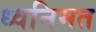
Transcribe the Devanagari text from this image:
ध्वनिमत